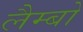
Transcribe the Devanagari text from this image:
लैम्बो